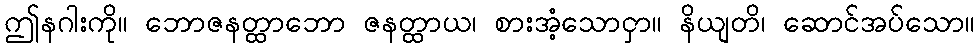
ဤနဂါးကို။ ဘောဇနတ္ထာဘော ဇနတ္ထာယ၊ စားအံ့သောငှာ။ နိယျတိ၊ ဆောင်အပ်သော။